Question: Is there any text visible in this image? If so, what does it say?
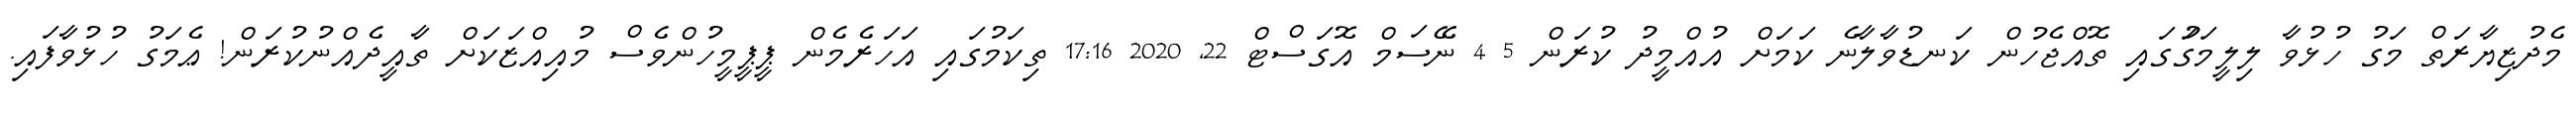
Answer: މެދުޒިޔާރަތް މަގު ހުޅުވާ ލިލީމަގަުގައި ތޮއްޖެހުން ކަނޑުވާލާނެ ކަމަށް އުއްމީދު ކުރަން 5 4 ނޭސަމް އޮގަސްޓް 22, 2020 17:16 ތިކަމުގައި އަހަރެމެން ޕީޕީމީހުންވެސް މުއިއްޒަކަށް ތާއީދެއްނުކުރަން! ޢެމަގު ހުޅުވާފައި.